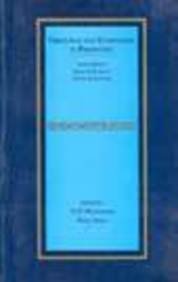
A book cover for Endometriosis; Ogip; Health, Fitness & Dieting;